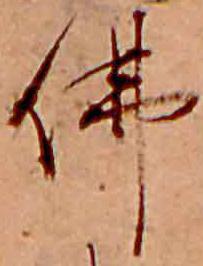
仏